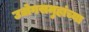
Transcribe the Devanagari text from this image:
उद्योगसमुहांच्या